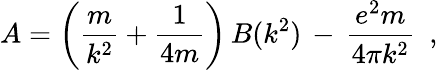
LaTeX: A=\left(\frac{m}{k^{2}}+\frac{1}{4m}\right)\, B(k^{2})\, -\, \frac{e^{2}m}{4\pi k^{2}}\, \, \, ,\,